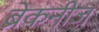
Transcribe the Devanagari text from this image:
ब्रेकनीज